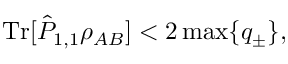
\mathrm { T r } [ \hat { P } _ { 1 , 1 } \rho _ { A B } ] < 2 \operatorname* { m a x } \{ q _ { \pm } \} ,